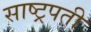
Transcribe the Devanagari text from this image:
साष्ट्रपती